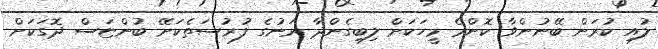
ލުއި ކުރަން ބޭނުންވާ ކޮންމެ މީހަކަށް ލިބިގެންދާ ރަނުގެ ފުރުސަތެކަށޭ ބުންޏަސް ދޮގަކަށް